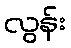
လွန်း